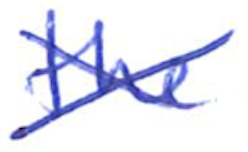
Text: the
Cross-out: cross
Writing tool: ballpoint